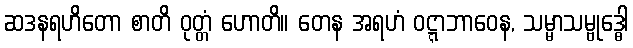
ဆဒနရဟိတော စာတိ ဝုတ္တံ ဟောတိ။ တေန အရဟံ ဝဋ္ဋာဘာဝေန, သမ္မာသမ္ဗုဒ္ဓေါ